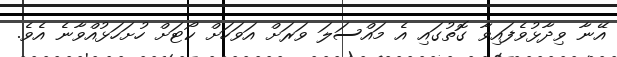
އޭނާ ވިދާޅުވެފައިވާ ގޮތުގައި އެ މައްސަލަ ވަރަށް އަވަހަށް ކޯޓަށް ހުށަހަޅުއްވާނެ އެވެ.